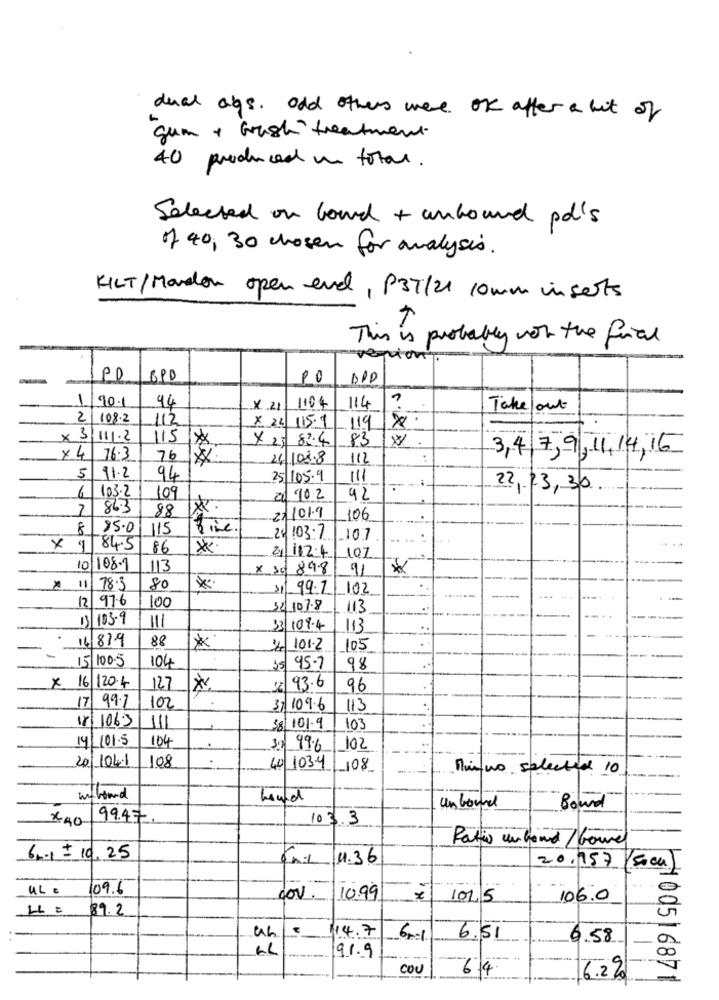
dual ags. Odd others were ok after a bit of
gum + Grush treatment
40 produced in total .
Selected on bound + unbound pd's
of 40, 30 chosen for analysis.
KILT/Mandlon open evel, P37/21 10 mm inserts
This is probably not the final
PD
690
0
DPD
1 90.1
94
X 21
1104
114
Takelout
2 108-2
112
x 22 115.1
119
× 3/11/.2
115
x 25 82.4
83
*
3,4 7,9,11,14,16
x 4 76.3
76
24 108.8
112
...
5 11.2
94
25 105.9
111
22, 13,30
6 103.2
109
20 902
42
2
863
88
27 101.9
106
8 85.0
115
24 103:2
-107
× 9 84.5
86
*.
21/1124
107
10 108-1
113
x 50 898
91
11
78.3
80
$1 99.7
102
12 97.6
100
32 107.8
113
13 193-9
111
33 109-4
113
88
14/8/9
*
34 101.2
105
-
15 100.5
104
$ 45-7
98
x 16/120.4
127
38 93.6
96
17
99.7
102
37 109.6
113
18/1063
111
38 101.9
103
14/101.5
104
3.9 99.6
102
108
.
20 104.1
40 103-4 108
Rinno selected 10
wnf board
Lourd
un bound
Bound
×40
99.47.
103.3
Ratio unland / boure
6 .. 1 = 10,25
KAL 11.36
20,757 /500a)
ULE
109.6
cov.
10.99
1015
106.0
L = 89.2
1.4.7
6-1
6.51
6.58
91.9
COU
64
6.2%
100516871